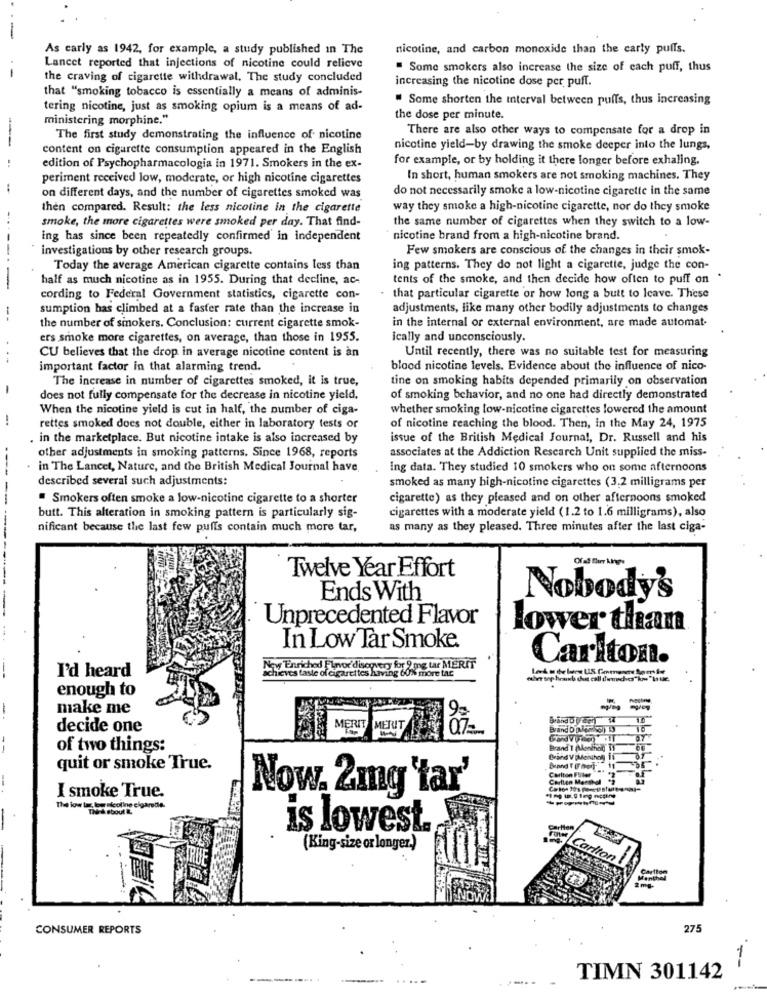
-
As early as 1942, for example, a study published in The
nicotine, and carbon monoxide than the carly puffs.
-
Lancet reported that injections of nicotine could relieve
" Some smokers also increase the size of each puff, thus
the craving of cigarette withdrawal, The study concluded
increasing the nicotine dose per puff.
that "smoking tobacco is essentially a means of adminis-
" Some shorten the interval between puffs, thus increasing
tering nicotine, just as smoking opium is a means of ad-
ministering morphine."
the dose per minute.
There are also other ways to compensate for a drop in
--
The first study demonstrating the influence of nicotine
content on cigarette consumption appeared in the English
nicotine yield-by drawing the smoke deeper into the lungs,
..
for example, or by holding it there longer before exhaling.
edition of Psychopharmacologia in 1971. Smokers in the ex-
periment received low, moderate, or high nicotine cigarettes
In short, human smokers are not smoking machines. They
:
do not necessarily smoke a low-nicotine cigarette in the same
on different days, and the number of cigarettes smoked was
then compared. Result: the less nicotine in the cigarette
way they smoke a high-nicotine cigarette, nor do they smoke
smoke, the more cigarettes were smoked per day. That find-
the same number of cigarettes when they switch to a low-
ing has since been repeatedly confirmed in independent
nicotine brand from a high-nicotine brand.
investigations by other research groups.
Few smokers are conscious of the changes in their smok-
Today the average American cigarette contains less than
ing patterns. They do not light a cigarette, judge the con-
half as much nicotine as in 1955. During that decline, ac-
tents of the smoke, and then decide how often to puff on
-------
cording to Federal Government statistics, cigarette con-
that particular cigarette or how long a butt to leave. These
sumption has climbed at a faster rate than the increase in
adjustments, like many other bodily adjustments to changes
--
the number of sinokers. Conclusion: current cigarette smok-
in the internal or external environment, are made automat-
ers smoke more cigarettes, on average, than those in 1955.
ically and unconsciously.
CU believes that the drop in average nicotine content is an
Until recently, there was no suitable test for measuring
important factor in that alarming trend.
blood nicotine levels. Evidence about the influence of nico-
The increase in number of cigarettes smoked, it is true,
tine on smoking habits depended primarily on observation
-
does not fully compensate for the decrease in nicotine yield,
of smoking behavior, and no one had directly demonstrated
When the nicotine yield is cut in half, the number of ciga-
whether smoking low-nicotine cigarettes lowered the amount
-
rettes smoked does not double, either in laboratory tests or
of nicotine reaching the blood. Then, in the May 24, 1975
. in the marketplace. But nicotine intake is also increased by
issue of the British Medical Journal, Dr. Russell and his
other adjustments in smoking patterns. Since 1968, reports
associates at the Addiction Rescarch Unit supplied the miss-
---
in The Lancet, Nature, and the British Medical Journal have
Ing data. They studied 10 smokers who on some afternoons
described several such adjustments:
smoked as many high-nicotine cigarettes (3,2 milligrams per
Smokers often smoke a low-nicotine cigarette to a shorter
cigarette) as they pleased and on other afternoons smoked
cigarettes with a moderate yield (1.2 to 1.6 milligrams), also
butt. This alteration in smoking pattern is particularly sig-
nificant because the last few puffs contain much more tar,
as many as they pleased. Three minutes after the last ciga-
Twelve Year Effort
Ends With
Nobody's
Unprecedented Flavor
lower than
In Low Tar Smoke.
Carlton.
--
I'd heard
Now Enriched Flavor'discovery for 9 mg tar MERIT
achieves taste of cigarettes having 60% more tac
enough to
-
make me
-
MER
METUT
Brand Den 1
decide one
of two things:
Brand I (Monthog If
Brand V Menuhoy if
quit or smoke True.
Carlton Fuller
Carlton Marchal
I smoke True.
Now. 2mg 'tar'
The low las, logr nicoline elgaredle.
-
is lowest.
(King-size or longer.)
Cartton
Menthe
2mg-
CONSUMER REPORTS
275
TIMN 301142